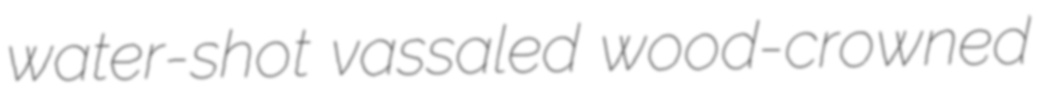
water-shot vassaled wood-crowned